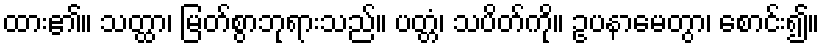
ထား၏။ သတ္ထာ၊ မြတ်စွာဘုရားသည်။ ပတ္တံ၊ သပိတ်ကို။ ဥပနာမေတွာ၊ စောင်း၍။